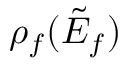
\rho _ { f } ( \tilde { E } _ { f } )